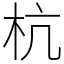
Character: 杭